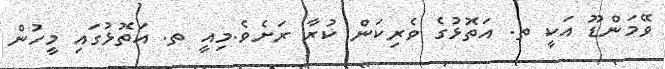
ވޭމަންޑޫ އަކީ ތ. އަތޮޅުގެ ވެރިކަން ކުރާ ރަށެވެ.މިއީ ތ. އަތޮޅުގައި މީހުން